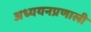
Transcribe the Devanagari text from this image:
अध्ययनप्रणाली